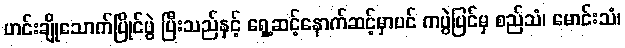
ဟင်းချိုသောက်ပြိုင်ပွဲ ပြီးသည်နှင့် ရှေ့ဆင့်နောက်ဆင့်မှာပင် ကပွဲပြင်မှ စည်သံ၊ မောင်းသံ၊